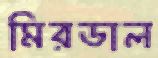
মিরডাল